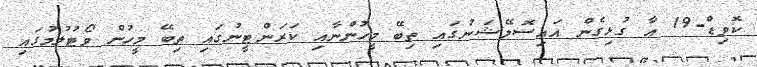
ކޮވިޑް-19 އާ ގުޅިގެން އައިސޮލޭޝަނުގައި ތިބޭ މީހުންނާއި ކަރަންޓީނުގައި ތިބޭ މީހުން ވޯޓުލުމުގައި